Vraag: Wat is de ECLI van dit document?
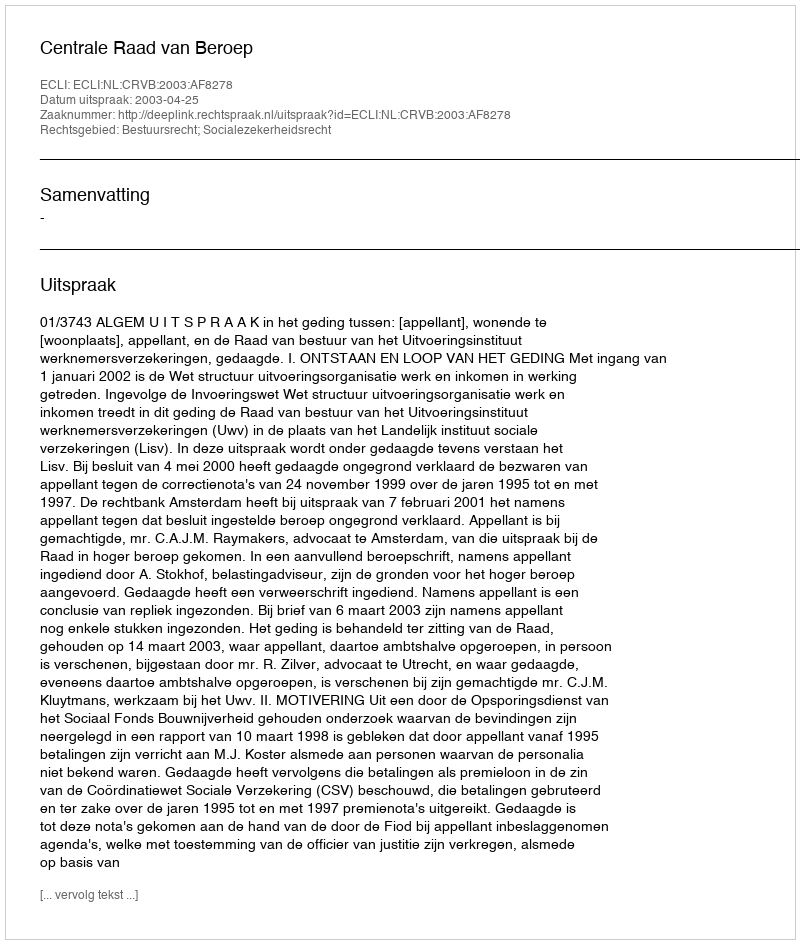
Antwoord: ECLI:NL:CRVB:2003:AF8278